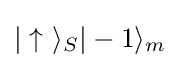
|\uparrow \ \rangle _{S}|-1\rangle _{m}